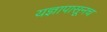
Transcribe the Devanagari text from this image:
यज्ञापासूनच